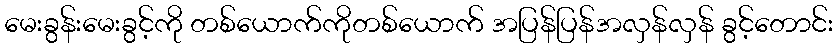
မေးခွန်းမေးခွင့်ကို တစ်ယောက်ကိုတစ်ယောက် အပြန်ပြန်အလှန်လှန် ခွင့်တောင်း